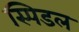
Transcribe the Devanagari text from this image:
स्पिडल